Scottish Leaving Certificate Examination, 1957
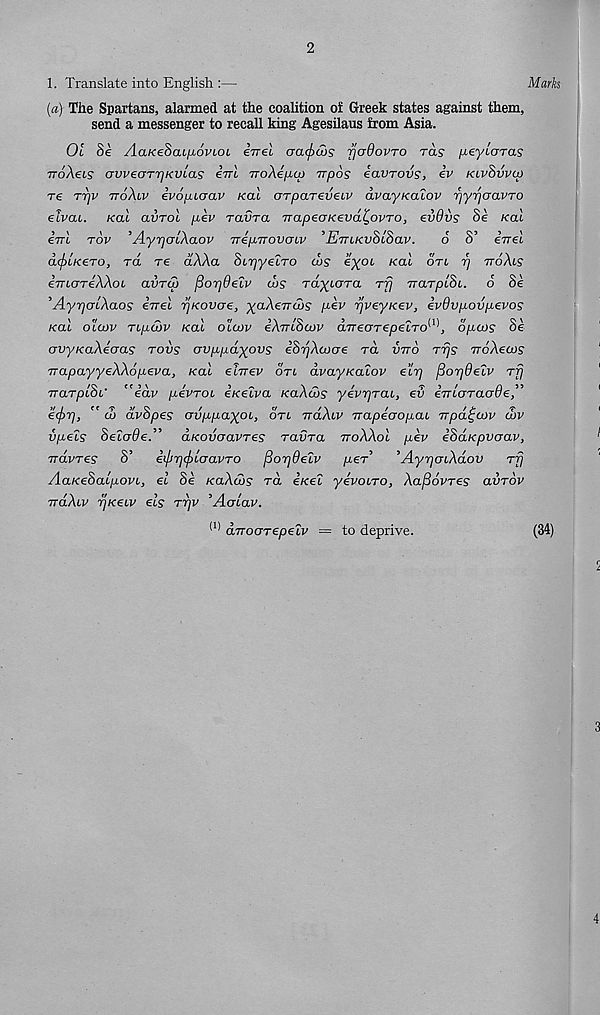
2
1. Translate into English :—
(a) The Spartans, alarmed at the coalition of Greek states against them,
send a messenger to recall king Agesilaus from Asia.
01 §e AaKeSaLfj,6vioi. enel aacjiws rjcrdovTo ras (J-eyLcrras
■ noXeis crvveoTrjKVLas iirl iroXe^Lp wpos eavrovs, iv kivSvvu)
re ttjv TroXiv ivopujav Kai OTpaTeveLV avayKacov rjyrjaavTO
elvai. koI avrol pev ravra TTapeaKevdt.ovTO, evdvs Se Kal
€776 rov AyrjacAaov TrefJLTrovcrLV iLtukvoloov.
o o €TT6L
d^LKero, rd re dXXa Stijyetro dig
Kal on rj ttoXis
imaTeXXoL aur<3 ^orjOeZv d>s raytara rf] TrarptSt. o 8e
’AypolXaos eVet pKovcre, yaXeirdig pev rjveyKev, evdvpovpevog
KCU OiCOV TLIXCAV Kai OLCOV gAtTLOCOV aTr€aT€p€LTO { 1 , OfjLCOS oe
ovyKaXeoag tovs avppd-yovg eSrjXaicre rd vtto rrjs TroAem?
TrapayyeXXopeva, Kal elrrev otl dvayKalov eiri ^orjOelv rf]
TrarplSc' “idv pevTOi eKeZva KaXws yevrjrai, ev eTTLcjTaade”
efip, " a> dvSpes ayppayoi, on rrdXiv TrapeaopaL TTpd^oov dov
vpets SeZade.” aKovaavres ravra ttoXXoI pev iSaKpvcrav,
rravres S’
eifnqcfiLcravTO fiorjdeZv per’
’AypcnXdov rfj
AaKeSalpovL, el Se KaXcos rd e/cet yevono, Xafiovres avrov
rraXuv pKeiv els Trjv ’Aolav.
Marks
(I) aTTOGTepeZv = to deprive.
(34)